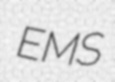
EMS